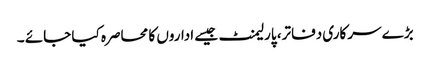
بڑے سرکاری دفاتر، پارلیمنٹ جیسے اداروں کا محاصرہ کیا جائے ۔